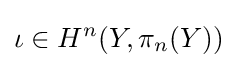
\iota \in H^{n}(Y,\pi _{n}(Y))